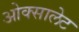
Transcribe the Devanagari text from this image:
ओक्सालेट